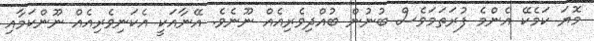
މޮޔަ ކަމެކޭ އެންމެ ފުރަތަމަވެސް ބުނުން ބުއްދިވެރިއެއް ނޫނެވެ. އޭނާއަކީ އެކަނިވެރިއެއް ނޫންކަމާއި